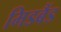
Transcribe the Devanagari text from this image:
मिडबैंड